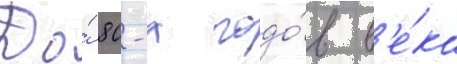
До́ 80-х годо́в в'е́ка